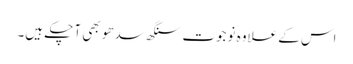
اس کے علاوہ نوجوت سنگھ سدھو بھی آ چکے ہیں۔